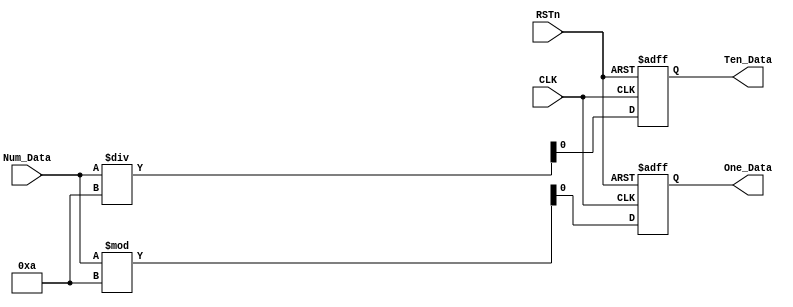
//////////////////////////////////////////////////
//// NUMBER_MOD_MODULE.v
//// 					ZHAOCHAO
////						2016-11-13
///////////////////////////////////////////////////////////
////

module NUMBER_MOD_MODULE
(
	CLK, RSTn, Num_Data,
	Ten_Data, One_Data
);

	input CLK;
	input RSTn;
	input Num_Data;
	output Ten_Data;
	output One_Data;
	
	/////
	
	reg [31:0]rTen;
	reg [31:0]rOne;
	
	always@(posedge CLK or negedge RSTn)
		if(!RSTn)
			begin
				rTen <= 32'd0;
				rOne <= 32'd0;
			end
		else 
			begin
				rTen <= Num_Data / 10;
				rOne <= Num_Data % 10;
			end
	
	///////////////////////////////////////////////////////////
	
	assign Ten_Data = rTen;
	assign One_Data = rOne;
	
	
endmodule